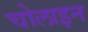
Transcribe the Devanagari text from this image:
चोलाइन